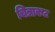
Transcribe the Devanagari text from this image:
चित्राकट